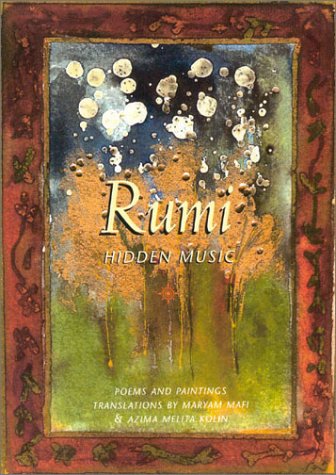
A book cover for Rumi: Hidden Music; Maryam Mafi; Religion & Spirituality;